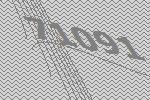
71091